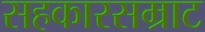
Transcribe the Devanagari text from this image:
सहकारसम्राट